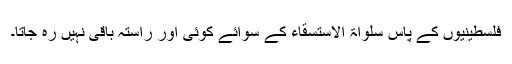
فلسطینیوں کے پاس سلواۃ الاستسقاء کے سوائے کوئی اور راستہ باقی نہیں رہ جاتا۔